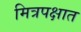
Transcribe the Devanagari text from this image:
मित्रपक्षात